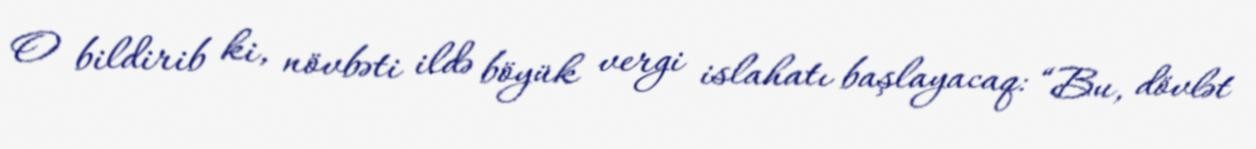
O bildirib ki, növbəti ildə böyük vergi islahatı başlayacaq: “Bu, dövlət